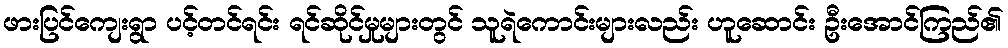
ဖားပြင်ကျေးရွာ ပင့်တင်ရင်း ရင်ဆိုင်မှုများတွင် သူရဲကောင်းများလည်း ဟူဆောင်း ဦးအောင်ကြည်၏